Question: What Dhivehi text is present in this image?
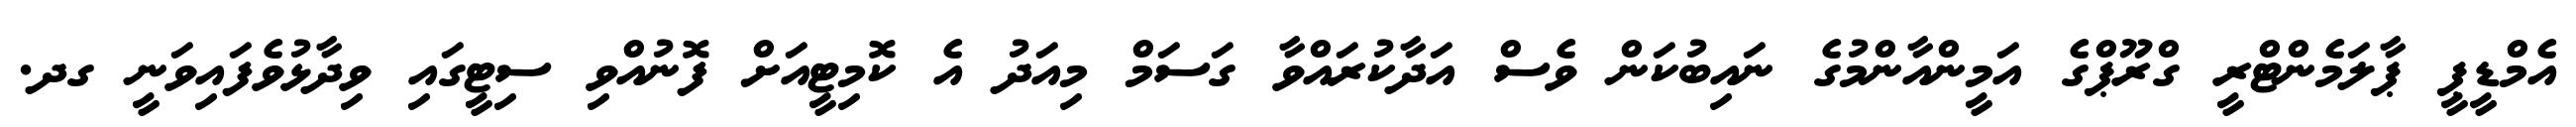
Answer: އެމްޑީޕީ ޕާލަމެންޓްރީ ގްރޫޕްގެ އަމީންއާންމުގެ ނައިބުކަން ވެސް އަދާކުރައްވާ ގަސަމް މިއަދު އެ ކޮމިޓީއަށް ފޮނުއްވި ސިޓީގައި ވިދާޅުވެފައިވަނީ ގދ.